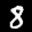
Label: 8